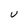
Character: U